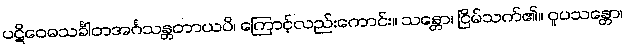
ပဋိဝေဓသင်္ခါတအင်္ဂသန္တတာယပိ၊ ကြောင့်လည်းကောင်း။ သန္တော၊ ငြိမ်သက်၏။ ဝူပသန္တော၊